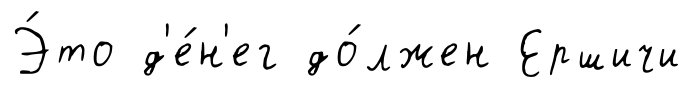
Э́то д'е́н'ег до́лжен Ершичи